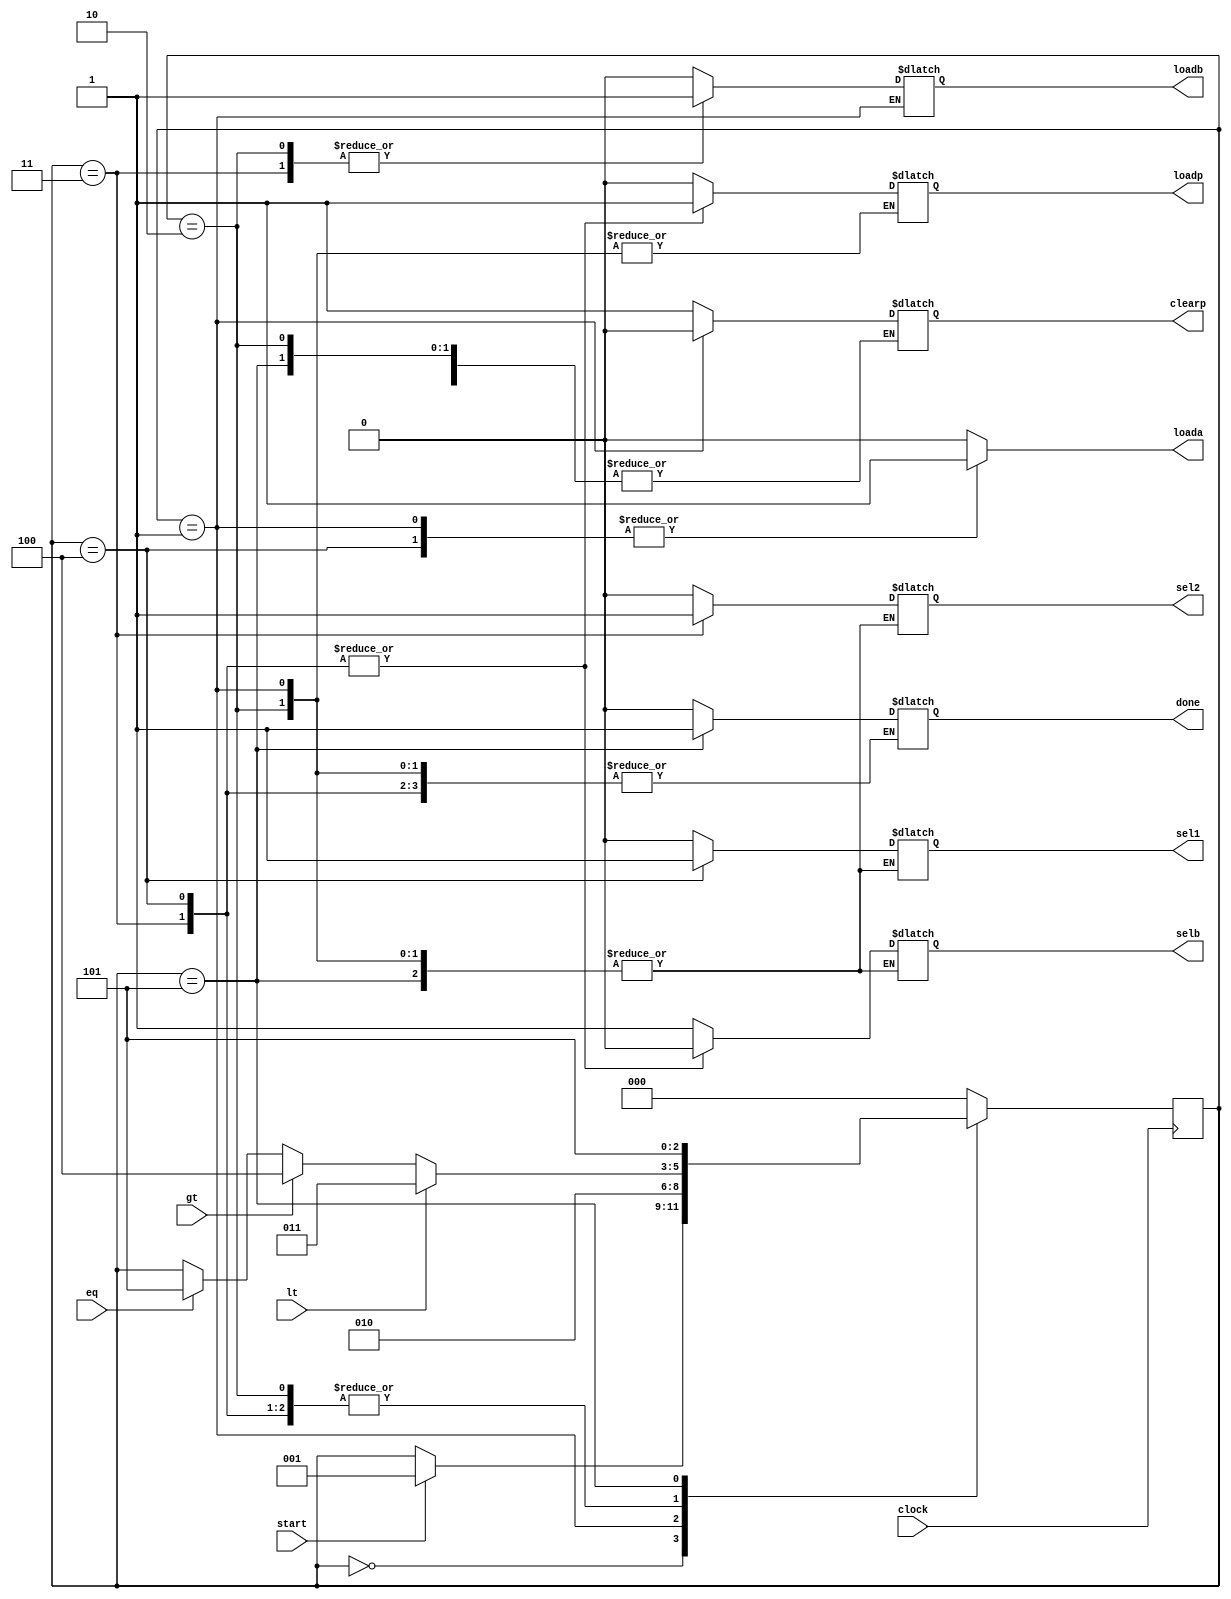
module CNTRL(start,eq,lt,gt,clock,loada,loadb,loadp,clearp,sel1,sel2,selb,done);
input start,eq,lt,gt,clock;
output reg loada,loadb,loadp,clearp,sel1,sel2,selb,done;
reg [2:0] state;
parameter s0=3'b000,s1=3'b001,s2=3'b010,s3=3'b011,s4=3'b100,s5=3'b101;
always @(negedge clock) 
begin
case (state)
s0:if (start) state<=s1;
s1:state<=s2;
s2:if(lt) state<=s3;
   else if (gt) state<=s4;
	else if (eq) state<=s5;
s3:if(lt) state<=s3;
   else if (gt) state<=s4;
	else if (eq) state<=s5;
s4:if(lt) state<=s3;
   else if (gt) state<=s4;
	else if (eq) state<=s5;
s5:state<=s5;
   default:state<=s0;
endcase
end
always@(state) begin
case (state)
    s0: begin
        loada<=0; loadb<=0; loadp<=0; clearp<=1; sel1<=0; sel2<=0; selb<=1; done<=0;
    end
    s1: begin
        loada<=1; clearp<=0;
    end
    s2: begin
        loada<=0; loadb<=1;
    end
    s3: begin
        loada<=0; loadp<=1; sel1<=0; sel2<=1; selb<=0;
		  loadb<=1;
    end
    s4: begin
        loadb<=0; loadp<=1; sel1<=1; sel2<=0; selb<=0;
		  loada<=1;
    end
    s5: begin
        loada<=0; loadb<=0; loadp<=0; done<=1;
    end
    default: begin
        loada<=0; loadb<=0; loadp<=0; clearp<=1; sel1<=0; sel2<=0; selb<=1; done<=0;
    end
endcase
end
endmodule